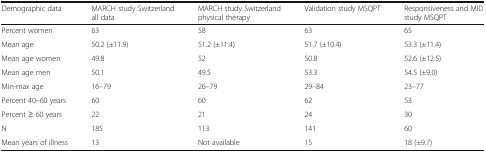
| Demographic data | MARCH study Switzerland all data | MARCH study Switzerland physical therapy | Validation study MSQPT | Responsiveness and MID study MSQPT |
 | --- | --- | --- | --- | --- |
 | Percent women | 63 | 58 | 63 | 65 |
 | Mean age | 50.2 (±11.9) | 51.2 (±11.4) | 51.7 (±10.4) | 53.3 (±11.4) |
 | Mean age women | 49.8 | 52 | 50.8 | 52.6 (±12.5) |
 | Mean age men | 50.1 | 49.5 | 53.3 | 54.5 (±9.0) |
 | Min-max age | 16–79 | 26–79 | 29–84 | 23–77 |
 | Percent 40–60 years | 60 | 60 | 62 | 53 |
 | Percent ≥ 60 years | 22 | 21 | 24 | 30 |
 | N | 185 | 113 | 141 | 60 |
 | Mean years of illness | 13 | Not available | 15 | 18 (±9.7) |